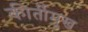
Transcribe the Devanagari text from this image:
कीर्तीमुख